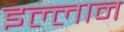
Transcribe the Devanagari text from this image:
इल्लान